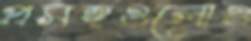
প্রসঙ্গগুলোও